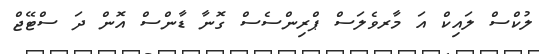
ލުކްސް ލައިކް އަ މާރވެލަސް ޕްރިންސެސް ގޮނާ ޑާންސް އޮން ދަ ސްޓޭޖް